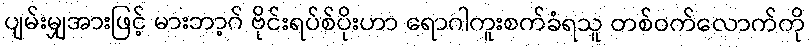
ပျမ်းမျှအားဖြင့် မားဘာ့ဂ် ဗိုင်းရပ်စ်ပိုးဟာ ရောဂါကူးစက်ခံရသူ တစ်ဝက်လောက်ကို